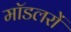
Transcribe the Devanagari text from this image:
मॉडलरों